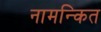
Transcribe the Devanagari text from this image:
नामन्कित